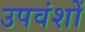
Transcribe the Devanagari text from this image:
उपवंशों